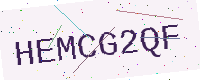
Text: HEMCG2QF